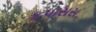
કપાસસ